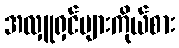
အလှူရှင်များကိုယ်စား